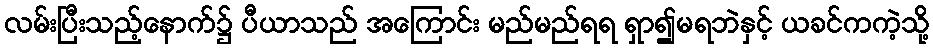
လမ်းပြီးသည့်နောက်၌ ပီယာသည် အကြောင်း မည်မည်ရရ ရှာ၍မရဘဲနှင့် ယခင်ကကဲ့သို့